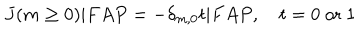
LaTeX: J ( m \ge 0 ) | F A P = - \delta _ { m , 0 } t | F A P , \quad t = 0 \mathrm { ~ o r ~ } 1